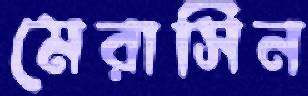
মেরাসিন